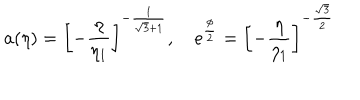
a ( \eta ) = \biggl [ - \frac { \eta } { \eta _ { 1 } } \biggr ] ^ { - \frac { 1 } { \sqrt { 3 } + 1 } } , ~ e ^ { \frac { \phi } { 2 } } = \biggl [ - \frac { \eta } { \eta _ { 1 } } \biggr ] ^ { - \frac { \sqrt { 3 } } { 2 } }